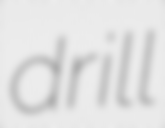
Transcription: drill